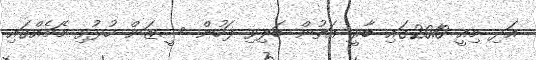
އަދި މިއީ 2010ގައި ބާރީ އަތުން ބަލިވި ފަހުން ސީޒަން ހުޅުވި މެޗެއްގައި